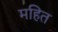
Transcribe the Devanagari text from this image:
महित